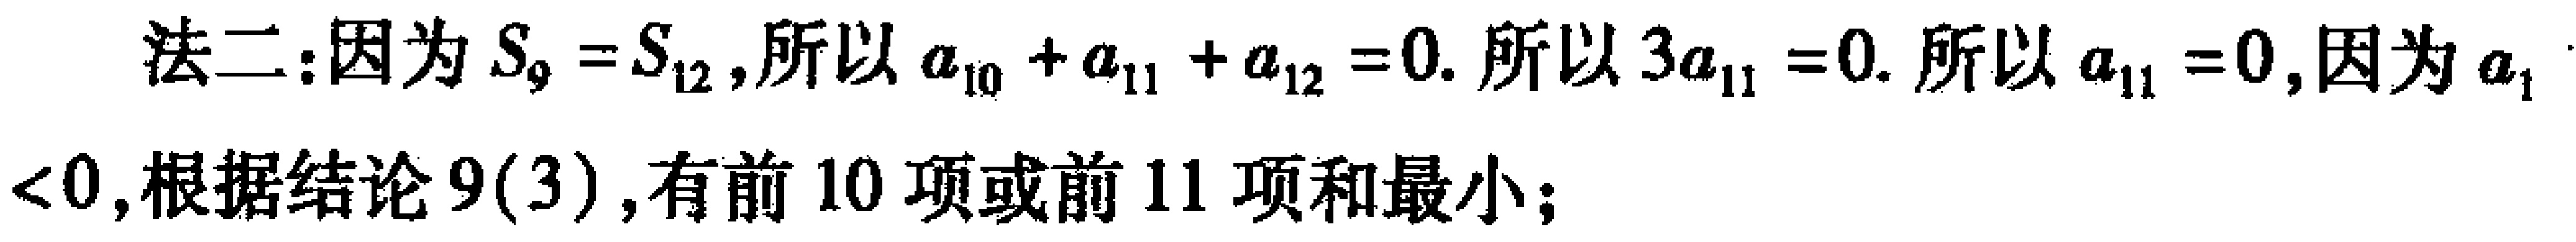
法二：因为\(S_{9}=S_{12}\),所以\(a_{10}+a_{11}+a_{12}=0\). 所以\(3a_{11}=0\). 所以\(a_{11}=0\),因为\(a_{1}<0\),根据结论\(9(3)\),有前\(10\)项或前\(11\)项和最小；